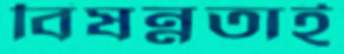
বিষন্নতাই